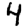
Digit: 4